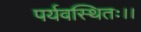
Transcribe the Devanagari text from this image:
पर्यवस्थितः।।